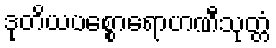
ဒုတိယပစ္စောရောဟဏီသုတ္တံ